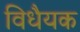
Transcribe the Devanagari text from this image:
विधैयक